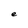
Character: e